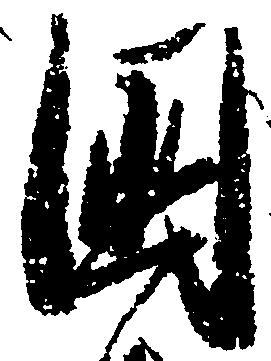
国